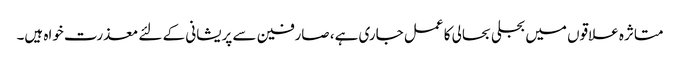
متاثرہ علاقوں میں بجلی بحالی کا عمل جاری ہے، صارفین سے پریشانی کے لئے معذرت خواہ ہیں۔